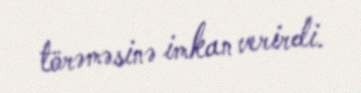
törəməsinə imkan verirdi.